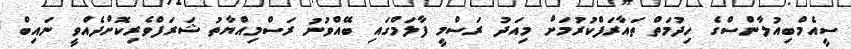
ސީއެމްބިއުލާންސްގެ ހިދުމަތް ތައާރަފްކުރުމަށް މިއަދު ރަސްމީ ފާލަމްގައި ބޭއްވުނު ރަސްމިއްޔާތު ޝަރަފްވެރިކޮށްދެއްވީ ނައިބް